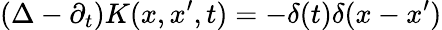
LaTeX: \left(\Delta-\partial_{t}\right)K(x,x^{\prime},t)=-\delta(t)\delta(x-x^{\prime})